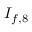
I _ { f , 8 }